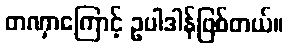
တဏှာကြောင့် ဥပါဒါန်ဖြစ်တယ်။